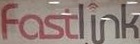
FastLink